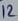
Text: 12